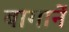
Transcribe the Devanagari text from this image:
बागानें